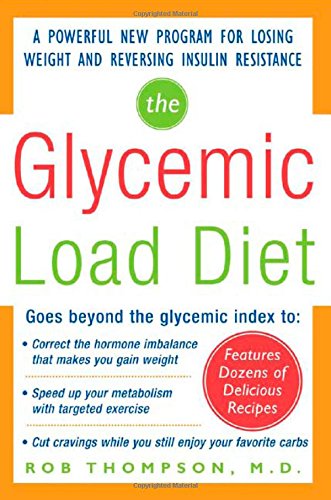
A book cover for The Glycemic-Load Diet: A powerful new program for losing weight and reversing insulin resistance; Rob Thompson; Cookbooks, Food & Wine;